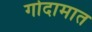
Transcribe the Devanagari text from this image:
गोदामात